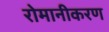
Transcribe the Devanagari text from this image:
रोमानीकरण